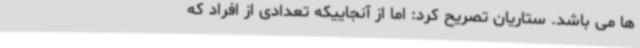
ها می باشد. ستاریان تصریح کرد: اما از آنجاییکه تعدادی از افراد که